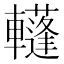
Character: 𨏕